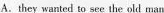
A.they wanted to see the old man